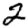
Digit: 2